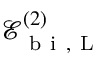
\mathcal { E } _ { \mathrm { ~ b ~ i ~ } , \mathrm { ~ L ~ } } ^ { ( 2 ) }